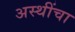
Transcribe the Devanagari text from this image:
अस्थींचा